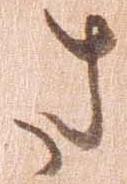
さ